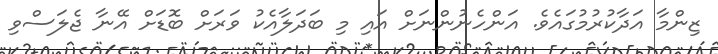
ޒިންމާ އަދާކުރުމުގައެވެ. އަންހެނުންނަށް އައި މި ބަދަލާއެކު ވަރަށް ބޮޑަށް އޭނާ ޖެލަސްވި